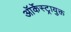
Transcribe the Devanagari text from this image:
ऑर्केस्ट्रायुक्त